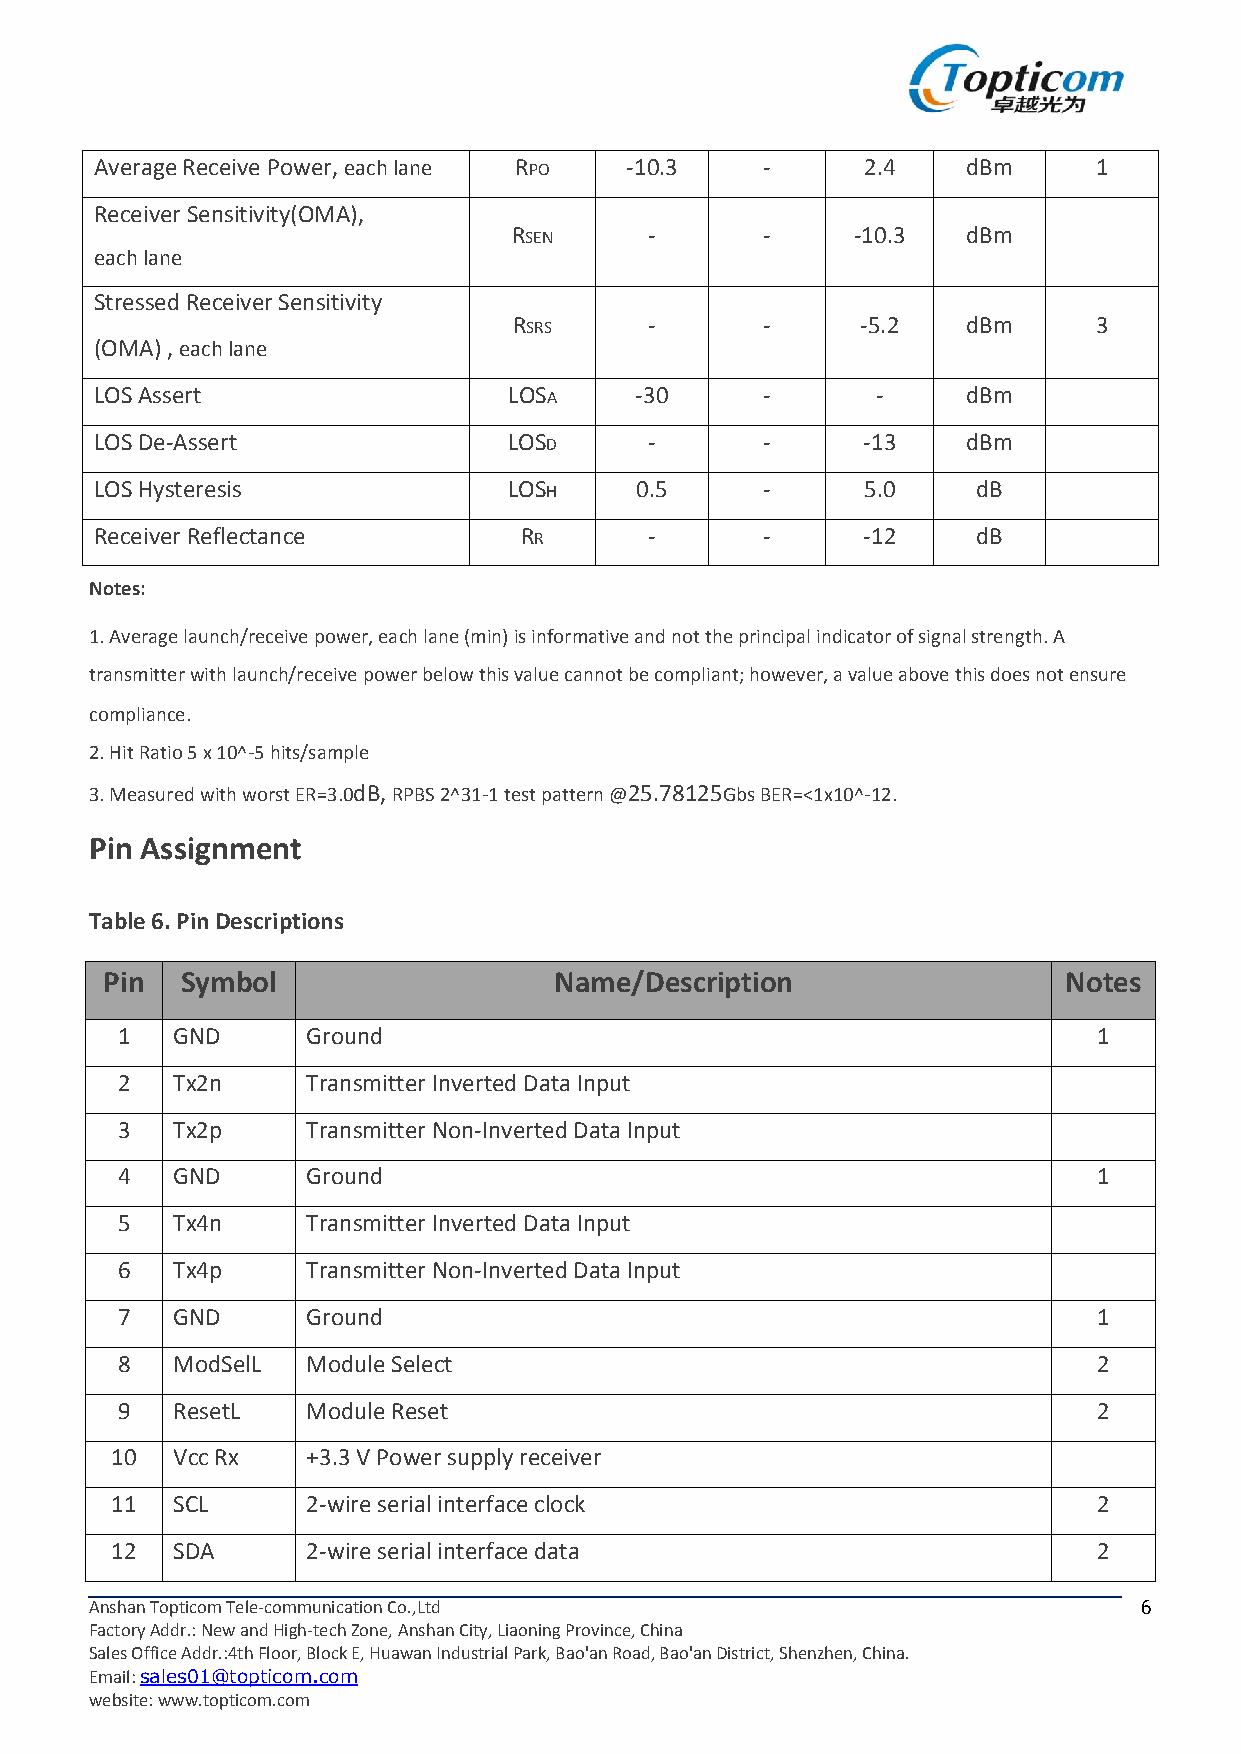
AverageReceivePower,eachlane RPO   -10.3    -      2.4    dBm     1
 ReceiverSensitivity(OMA),
 RSEN     -      -     -10.3   dBm
 eachlane
 StressedReceiverSensitivity
 RSRS     -      -      -5.2   dBm     3
 (OMA),eachlane
 LOSAssert                   LOSA    -30     -       -     dBm
 LOSDe-Assert                LOSD     -      -      -13    dBm
 LOSHysteresis               LOSH    0.5     -      5.0     dB
 ReceiverReflectance         RR       -      -      -12     dB
 Notes:
 1.Averagelaunch/receivepower,eachlane(min)isinformativeandnottheprincipalindicatorofsignalstrength.A
 transmitterwithlaunch/receivepowerbelowthisvaluecannotbecompliant;however,avalueabovethisdoesnotensure
 compliance.
 2.HitRatio5x10^-5hits/sample
 3.MeasuredwithworstER=3.0dB,RPBS2^31-1testpattern@25.78125GbsBER=<1x10^-12.
 Pin Assignment
 Table6.PinDescriptions
 Pin  Symbol                   Name/Description                 Notes
 1  GND      Ground                                               1
 2  Tx2n     TransmitterInvertedDataInput
 3  Tx2p     TransmitterNon-InvertedDataInput
 4  GND      Ground                                               1
 5  Tx4n     TransmitterInvertedDataInput
 6  Tx4p     TransmitterNon-InvertedDataInput
 7  GND      Ground                                               1
 8  ModSelL  ModuleSelect                                         2
 9  ResetL   ModuleReset                                          2
 10  VccRx    +3.3VPowersupplyreceiver
 11  SCL      2-wireserialinterfaceclock                           2
 12  SDA      2-wireserialinterfacedata                            2
 AnshanTopticomTele-communicationCo.,Ltd                               6
 FactoryAddr.:NewandHigh-techZone,AnshanCity,LiaoningProvince,China
 SalesOfficeAddr.:4thFloor,BlockE,HuawanIndustrialPark,Bao'anRoad,Bao'anDistrict,Shenzhen,China.
 Email:sales01@topticom.com
 website:www.topticom.com